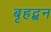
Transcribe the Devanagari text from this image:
बृहद्बन